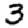
Digit: 3